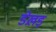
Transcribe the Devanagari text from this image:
डेख़ड़